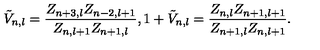
\tilde { V } _ { n , l } = \frac { Z _ { n + 3 , l } Z _ { n - 2 , l + 1 } } { Z _ { n , l + 1 } Z _ { n + 1 , l } } , 1 + \tilde { V } _ { n , l } = \frac { Z _ { n , l } Z _ { n + 1 , l + 1 } } { Z _ { n + 1 , l } Z _ { n , l + 1 } } .